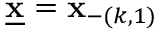
\underline { { \mathbf { x } } } = \mathbf { x } _ { - ( k , 1 ) }